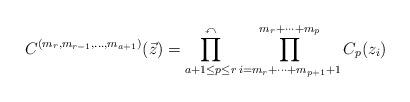
LaTeX: \begin{align*}C^{(m_{r}, m_{r-1}, \ldots , m_{a+1})}(\vec{z})=\prod_{a+1\le p \le r}^{\curvearrowleft}\prod_{i=m_{r}+\cdots +m_{p+1}+1}^{m_{r}+\cdots +m_{p}}C_{p}(z_{i}) \end{align*}